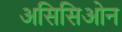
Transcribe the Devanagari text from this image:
असिसिओन